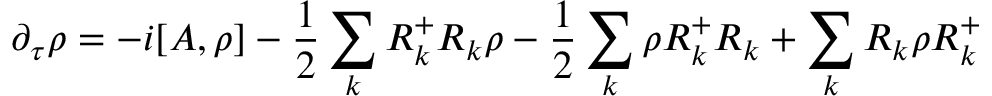
\partial _ { \tau } \rho = - i [ { \cal A } , \rho ] - \frac { 1 } { 2 } \sum _ { k } R _ { k } ^ { + } R _ { k } \rho - \frac { 1 } { 2 } \sum _ { k } \rho R _ { k } ^ { + } R _ { k } + \sum _ { k } R _ { k } \rho R _ { k } ^ { + }